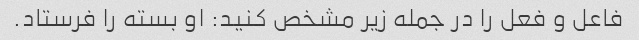
فاعل و فعل را در جمله زیر مشخص کنید: او بسته را فرستاد.